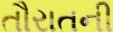
તૌરાતની